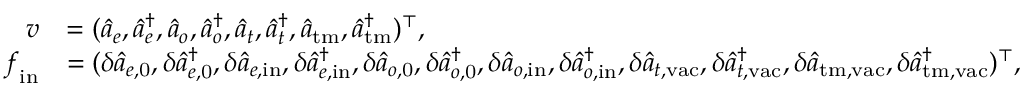
\begin{array} { r l } { \boldsymbol { v } } & { = ( \hat { a } _ { e } , \hat { a } _ { e } ^ { \dagger } , \hat { a } _ { o } , \hat { a } _ { o } ^ { \dagger } , \hat { a } _ { t } , \hat { a } _ { t } ^ { \dagger } , \hat { a } _ { \mathrm { t m } } , \hat { a } _ { \mathrm { t m } } ^ { \dagger } ) ^ { \top } , } \\ { \boldsymbol { f } _ { \mathrm { i n } } } & { = ( \delta \hat { a } _ { e , \mathrm { 0 } } , \delta \hat { a } _ { e , \mathrm { 0 } } ^ { \dagger } , \delta \hat { a } _ { e , \mathrm { i n } } , \delta \hat { a } _ { e , \mathrm { i n } } ^ { \dagger } , \delta \hat { a } _ { o , \mathrm { 0 } } , \delta \hat { a } _ { o , \mathrm { 0 } } ^ { \dagger } , \delta \hat { a } _ { o , \mathrm { i n } } , \delta \hat { a } _ { o , \mathrm { i n } } ^ { \dagger } , \delta \hat { a } _ { t , \mathrm { v a c } } , \delta \hat { a } _ { t , \mathrm { v a c } } ^ { \dagger } , \delta \hat { a } _ { \mathrm { t m , v a c } } , \delta \hat { a } _ { \mathrm { t m , v a c } } ^ { \dagger } ) ^ { \top } , } \end{array}